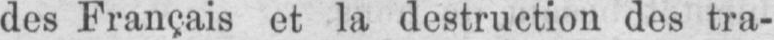
des Français et la destruction des tra-